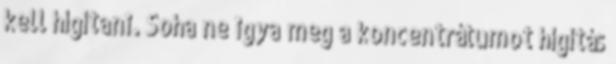
kell hígítani. Soha ne igya meg a koncentrátumot hígítás